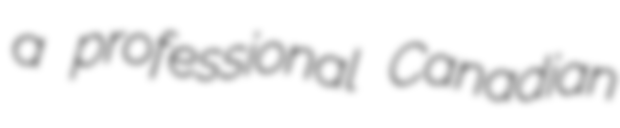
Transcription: a professional Canadian